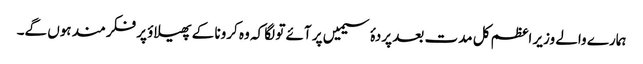
ہمارے والے وزیر اعظم کل مدت بعد پردۂ سیمیں پر آئے تو لگا کہ وہ کرونا کے پھیلاؤ پر فکرمند ہوں گے۔